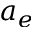
a _ { e }